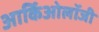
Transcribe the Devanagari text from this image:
आर्किओलॉजी